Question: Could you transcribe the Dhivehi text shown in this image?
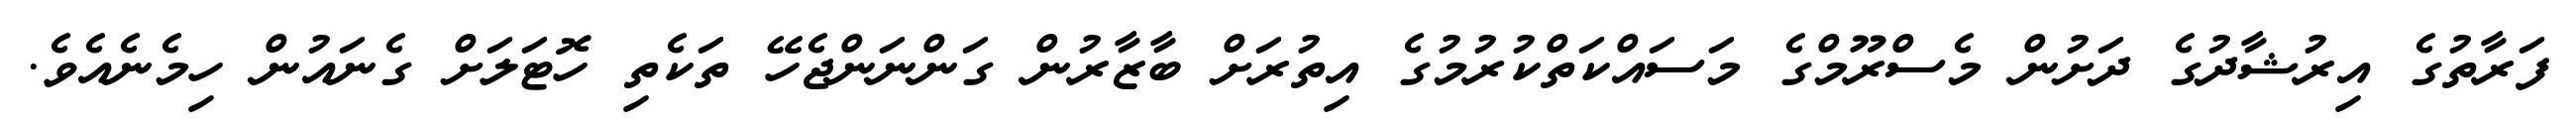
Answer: ފަރާތުގެ އިރުޝާދުގެ ދަށުން މެސްރޫމްގެ މަސައްކަތްކުރުމުގެ އިތުރަށް ބާޒާރުން ގަންނަންޖެހޭ ތަކެތި ހޮޓަލަށް ގެނައުން ހިމެނެއެވެ.